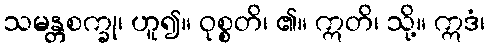
သမန္တစက္ခု၊ ဟူ၍။ ဝုစ္စတိ၊ ၏။ ဣတိ၊ သို့။ ဣဒံ၊